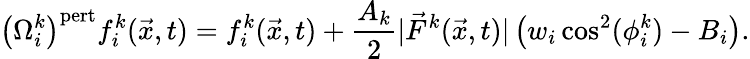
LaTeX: \left(\Omega_{i}^{k}\right)^{\mathrm{pert}}f_{i}^{k}(\vec{x},t)=f_{i}^{k}(\vec{x},t)+\frac{A_{k}}{2}|\vec{F}^{k}(\vec{x},t)|\left(w_{i}\cos^{2}(\phi_{i}^{k})-B_{i}\right).